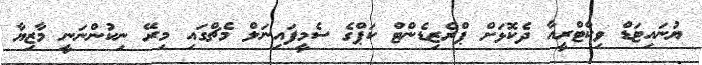
ޔުނައިޓަޑް ވިކްޓްރީއާ ދެކޮޅަށް ޕްރެޒިޑެންޓް ކަޕްގެ ސެމީފައިނަލް މެޗްގައި މިރޭ ނިކުންނަނީ މާޒިޔާ